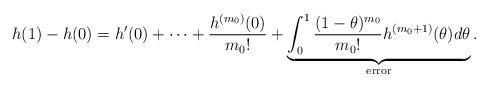
LaTeX: \begin{align*} h(1)-h(0) = h^{\prime}(0) + \cdots + \frac{h^{(m_0)}(0)} {m_0 !}+\underbrace{ \int_0^1 \frac{(1-\theta)^{m_0}} {m_0!} h^{(m_0+1)} (\theta) d\theta }_{\operatorname{error}}.\end{align*}